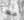
معآ